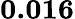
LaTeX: \mathbf{0.016}